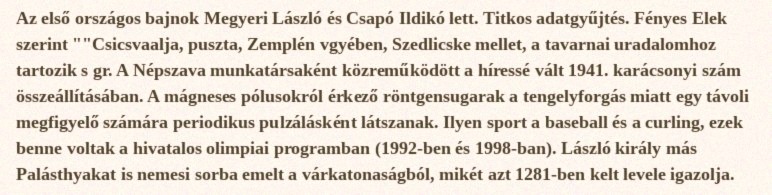
Az első országos bajnok Megyeri László és Csapó Ildikó lett. Titkos adatgyűjtés. Fényes Elek szerint ""Csicsvaalja, puszta, Zemplén vgyében, Szedlicske mellet, a tavarnai uradalomhoz tartozik s gr. A Népszava munkatársaként közreműködött a híressé vált 1941. karácsonyi szám összeállításában. A mágneses pólusokról érkező röntgensugarak a tengelyforgás miatt egy távoli megfigyelő számára periodikus pulzálásként látszanak. Ilyen sport a baseball és a curling, ezek benne voltak a hivatalos olimpiai programban (1992-ben és 1998-ban). László király más Palásthyakat is nemesi sorba emelt a várkatonaságból, mikét azt 1281-ben kelt levele igazolja.